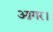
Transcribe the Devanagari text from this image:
आगर।